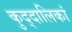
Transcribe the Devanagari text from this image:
कुद्दालिकां